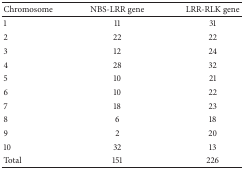
<table><thead><tr><td><b>Chromosome</b></td><td><b>NBS-LRR gene</b></td><td><b>LRR-RLK gene</b></td></tr></thead><tbody><tr><td>1</td><td>11</td><td>31</td></tr><tr><td>2</td><td>22</td><td>22</td></tr><tr><td>3</td><td>12</td><td>24</td></tr><tr><td>4</td><td>28</td><td>32</td></tr><tr><td>5</td><td>10</td><td>21</td></tr><tr><td>6</td><td>10</td><td>22</td></tr><tr><td>7</td><td>18</td><td>23</td></tr><tr><td>8</td><td>6</td><td>18</td></tr><tr><td>9</td><td>2</td><td>20</td></tr><tr><td>10</td><td>32</td><td>13</td></tr><tr><td>Total</td><td>151</td><td>226</td></tr></tbody></table>